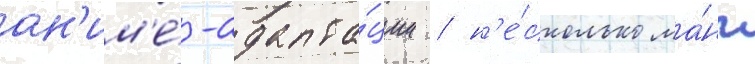
ан'им'е́-адапта́ции / н'е́сколько ма́нг